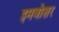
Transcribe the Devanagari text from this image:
इमबोशर